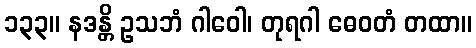
၁၃၃။ နဒန္တိ ဥသဘံ ဂါဝေါ၊ တုရဂါ ဓေဝတံ တထာ။